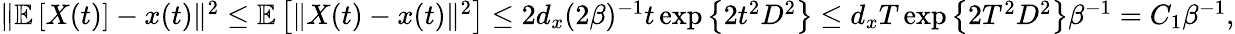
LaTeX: \begin{array}{r}{\Vert\mathbb{E}\left[X(t)\right]-x(t)\Vert^{2}\leq\mathbb{E}\left[\Vert X(t)-x(t)\Vert^{2}\right]\leq 2d_{x}(2\beta)^{-1}t\exp\left\{ 2t^{2}D^{2}\right\} \le d_{x}T\exp\left\{ 2T^{2}D^{2}\right\} \beta^{-1}=C_{1}\beta^{-1},}\end{array}